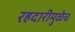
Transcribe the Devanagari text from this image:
रहदारीमुळेच